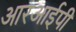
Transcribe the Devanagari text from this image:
आरआईपी